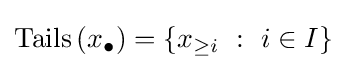
\operatorname {Tails} \left(x_{\bullet }\right)=\left\{x_{\geq i}~:~i\in I\right\}